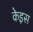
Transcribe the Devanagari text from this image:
केइस